Vital statistics of India. Vol. V, Reports of 1876 on armies & jails and on epidemic cholera
Year: 1876
Disease focus: Cholera
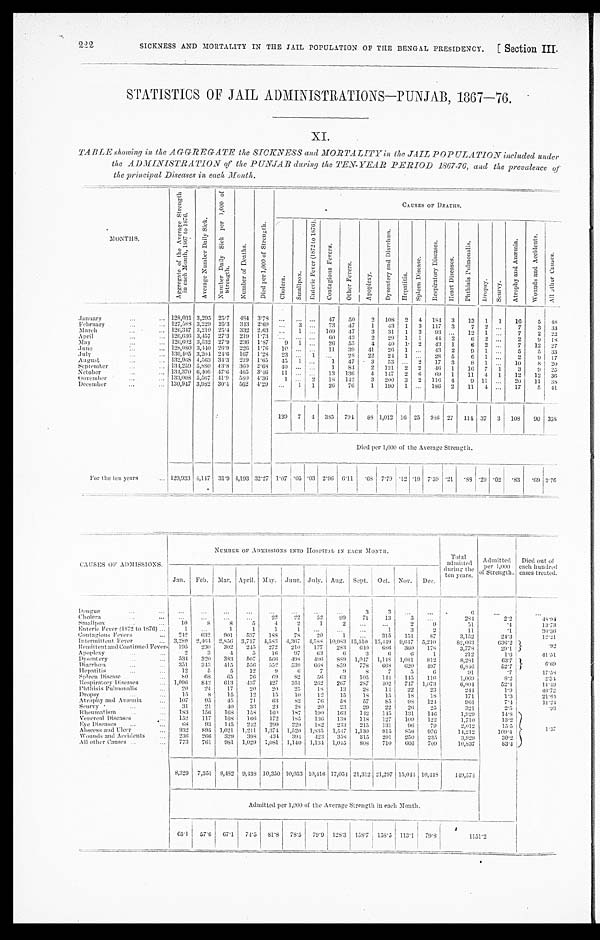
SICKNESS AND MORTALITY IN THE JAIL POPULATION OF THE BENGAL PRESIDENCY.
[ Section III.
222
STATISTICS OF JAIL ADMINISTRATIONS—PUNJAB, 1867—76.
XI.
TABLE showing in the AGGREGATE the SICKNESS and MORTALITY in the JAIL POPULATION included under
the ADMINISTRATION of the PUNJAB during the TEN-YEAR PERIOD 1867-76, and the prevalence of
the principal Diseases in each Month.
M O N T H S .
A g g r e g a t e o f t h e A v e r a g e S t r e n g t h i n e a c h M o n t h , 1 8 6 7 t o 1 8 7 6
A v e r a g e N u m b e r D a i l y S i c k .
N u m b e r D a i l y S i c k p e r 1 , 0 0 0 o f S t r e n g t h .
N u m b e r o f D e a t h s .
D i e d p e r 1 , 0 0 0 o f S t r e n g t h .
C A U S E S O F D E A T H S .
C h o l e r a .
S m a l l p o x .
E n t e r i c F e v e r ( 1 8 7 2 t o 1 8 7 6 )
C o n t a g i o u s F e v e r s .
O t h e r F e v e r s .
A p o p l e x y .
D y s e n t e r y a n d D i a r r h œ a .
H e p a t i t i s .
S p l e e n D i s e a s e .
R e s p i r a t o r y D i s e a s e s .
H e a r t D i s e a s e s .
P h t h i s i s P u l m o n a l i s .
D r o p s y .
S c u r v y .
A t r o p h y a n d A n æ m i a .
W o u n d s a n d A c c i d e n t s .
A l l o t h e r C a u s e s .
January
...
...
128,031 3,295 25.7 484 3.78
... ... ...
47
50
2 108 2 4 184 3
13 1 1
16
5 4 8
February
...
... 127,588 3,229 25.3 343 2.69
...
3
...
73
47
1
43 1 3 117 3
7 2 ...
7
3 33
March
... ...
126,347 3,210 25.4 332 2.63
...
1 ... 109
4 7
3
31 1 3
93 ...
12 1
...
7
2 2 2
April
...
... 126,636 3,457 27.3 219 1.73
...
...
...
6 0 43
2
29 1 1
44 2
6 2
...
2
9
1 8
May
... ...
126,602 3,532 27.9 236 1.87
9 1 ...
26
5 5
4
40
1 . 2
43 1
6 2
...
7
12
2 7
June
... ...
128,080 3,440 26.9 226 1.76 10 ...
. . . 11
39
4 1
26 1 ...
43 2
9 1 ...
5
5 33
July
...
... 130,405 3,204 24.6 167
1 . 2 8 23 ...
1
...
28
22
24 1 ...
28 5
6 1 ...
2
9 17
August
...
... 132,968 4,563 34.3 219 1.65 45 1 ...
1
47
3
53
...
2 17 3
8 1 ...
10
8 20
September
... ...
134,259 5,880 43.8
3 6 0 2.68 40
... ...
1
84
2 121 2
2
4 6 1
16 7 1
3
9 2 5
Nctober
... ...
134,370 6,400 47.6 465 3.46 11 ...
...
13 136
4 147 2 6
69 1
11 4 1
12
12 3 6
Oovember
... ...
133,008 5,567 41.9
5 8 0 4.36
1 ... 2
18 142
3 200 3 2 116
4
9 11 ...
20
11 3 8
December
...
... 130,947 3,982 30.4
5 6 2 4.29 ...
1 1
26
76
1 190 1 ... 186 2
11 4
...
17
5 41
139 7 4 385 791
8 8 1,012 16 25 986 27 114 37 3 108
90 358
Died per 1,000 of the Average Strength.
For the ten year s
...
1 2 9 , 9 3 3 4,147
31.9 4,193 32.27 1.07 .05 .03 2.96 6.11
. 6 8 7.79 .12 .19 7.59 .21
. 8 8
. 2 9 .02
. 8 3
. 69
2 . 7 6
C A U S E S O F A D M I S S I O N S .
N U M B E R O F A D M I S S I O N S I N T O H O S P I T A L I N E A C H M O N T H .
Total
admitted
during the
ten years.
Admitted
per 1,000
of Strength.
Died out of
each hundred
cases treated.
Jan. Feb. Mar. April. May. June. July. Aug. Sept. Oct. Nov. Dec.
D e n g u e . . . . . .
...
...
...
... ... ... ... ...
3
3
...
...
6
... ...
Cholera
...
...
... ... ... ...
22
22
52
99
71
13
5
...
284
2 . 2
4 8 . 9 4
S ma l l p o x . . . . . .
10
8
8
5
4
2
1
2
... ...
2
9
51
.4
13.73
Enteric Fever (1872 to 1876) ...
1
...
1
1
1
1
... ... ...
1
3
2
11
. 1
3 6 . 3 6
Contagious Fevers
...
2 4 2 632
901
5 3 7
1 8 8
7 8
20
1
...
315
151
87
3,152
24.3
12.21
Intermittent Fever
...
3,289 2,464 2,856 3,717 4,583 4,367 4,588 10,983 15,510 15,449 9,647 5,210
82,663
636.2
. 9 2
Remittent and Continued Fevers
1 9 5 230
302
245
272
210
177
283
6 4 0
6 8 6 360
178
3,778
2 9 . 1
Apoplexy
...
...
2
3
4
5
16
97
63
6
3
6
6
1
212
1.6
4 1 . 5 1
Dysentery ... ...
5 3 4 320
383
507
566
498 496
889 1,047 1,148 1,081
812
8,281
63.7
6 . 6 9
Diarrhœa
... ...
351
343
415
556
552
539
668
859
778
668 620
497
6,846
52.7
Hepatitis
...
...
12
5
5
12
9
6
7
9
8
7
5
6
91
.7
1 7 . 5 8
S p l e e n Di s e a s e . . .
80
68
65
76
69
82
56
6 3
105
1 4 4 145
116
1 , 0 6 9
8 . 2
2 . 3 4
Respiratory Diseases
... 1,096 842
613
4 3 7
4 2 7
351
262
267
2 8 7
4 0 2 747 1,073
6 , 8 0 4
5 2 . 4
1 4 . 4 9
Phthisis Pulmonalis
...
2 0
2 4
17
20
2 0
2 5
1 8
13
28
14
22
23
2 4 4
1 . 9
4 6 . 7 2
Dr ops y . . . . . .
15
8
15
12
1 5
1 0
12
15
18
15
18
18
171
1.3
2 1 . 6 4
Atrophy and Anæmia
...
107
95
4 5
71
63
8 2
7 6
5 8
57
8 5
9 8
1 2 4
9 6 1
7 . 4
1 1 . 2 4
Scurvy
... ...
31
21
4 0
3 3
23
2 8
20
23
29
22
2 6
25
321
2 . 5
. 9 3
Rheumat i s m . . . . . .
183
1 5 6
1 6 8
1 5 8
1 6 0
187
1 9 0
163
1 4 2
1 4 5 131
1 4 6
1,929
1 4 . 8
1 . 3 7
Veneral Diseases
...
1 5 2 117
168
1 6 6
1 7 2
1 8 5
1 3 6
138
1 1 8 127
109
122
1,710
1 3 . 2
E y e D i s e a s e s . . . . . .
6 8
9 3
1 4 5 242
2 9 9
229
182
2 3 3
215
131
96
7 9
2,012
1 5 . 5
Abscess and Ulcer ...
9 3 2
8 9 5
1 , 0 2 1
1 , 2 1 1
1 , 3 7 4
1 , 5 2 0
1 , 8 3 5 1,547 1,130
9 1 5
8 5 6
9 7 6
1 4 , 2 1 2
1 0 9 . 4
W o u n d s a n d A c c i d e n t s . . .
2 3 6
2 6 6 329
398
4 3 4
3 9 4
4 2 3
3 5 8
315
2 9 1 250
235
3,929
3 0 . 2
A l l o t h e r C a u s e s . . . . . .
7 7 3
7 6 1 981 1,029
1 , 0 8 1
1 , 1 4 0
1 , 1 3 4
1 , 0 4 5
8 0 8
7 1 0
666
7 0 9
1 0 , 8 3 7
8 3 . 4
8 , 3 2 9 7,351
8 , 4 8 2
9 , 4 3 8
1 0 , 3 5 0 10,053 10,416
1 7 , 0 5 4
2 1 , 3 1 2
2 1 , 2 9 7
1 5 , 0 4 4
1 0 , 4 4 8
1 4 9 , 5 7 4
Admitted per 1,000 of the Average Strength in each Month.
6 5 . 1
5 7 . 6
6 7 . 1
7 4 . 5
8 1 . 8
7 8 . 5
7 9 . 9
1 2 8 . 3
1 5 8 . 7
1 5 8 . 5
1 1 3 . 1
7 9 . 8
1151.2